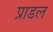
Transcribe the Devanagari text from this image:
प्राडल